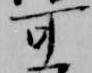
可